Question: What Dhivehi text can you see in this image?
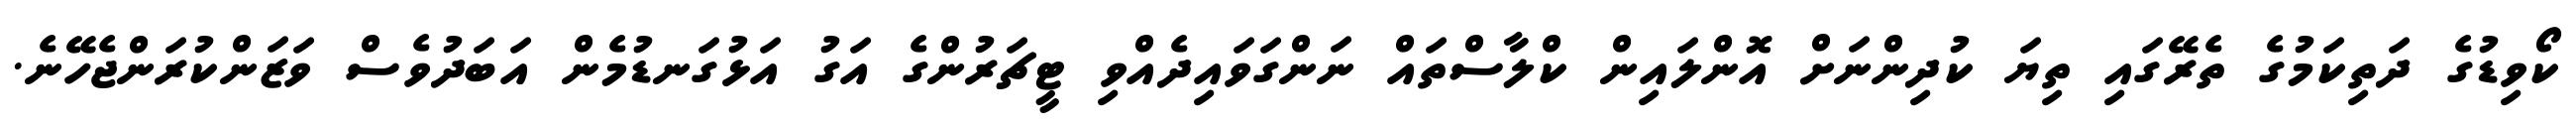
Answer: ކޯވިޑުގެ ދަތިކަމުގެ ތެރޭގައި ތިޔަ ކުދިންނަށް އޮންލައިން ކްލާސްތައް ނަންގަވައިދެއްވި ޓީޗަރުންގެ އަގު އަޅުގަނޑުމެން އަބަދުވެސް ވަޒަންކުރަންޖެހޭނެ.